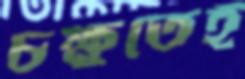
চক্ষুতেই